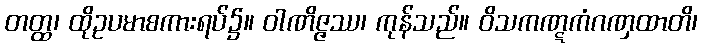
တတ္ထ၊ ထိုဥပမာစကားရပ်၌။ ဝါဏိဇ္ဇဿ၊ ကုန်သည်။ ဝိသကဏ္ဋကံဂဏှထာတိ၊